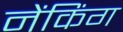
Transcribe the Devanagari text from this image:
नेंकिंग